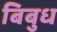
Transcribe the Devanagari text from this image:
बिबुध